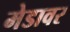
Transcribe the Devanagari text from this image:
मेडावर